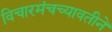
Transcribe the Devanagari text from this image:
विचारमंचच्यावतीने